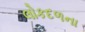
લોકદળના